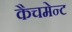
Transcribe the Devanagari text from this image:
कैचमेन्ट